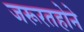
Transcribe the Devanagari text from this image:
जरूरतहोने